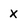
Character: x